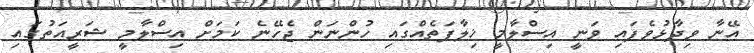
އޭނާ ވިދާޅުވެފައި ވަނީ އިސްލާމީ ޚިލާފަތެއްގައި ހުންނަން ޖެހޭނެ ކަމަށް އިސްލާމީ ޝަރީއަތުގައި